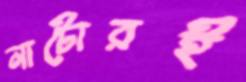
নাটোরই